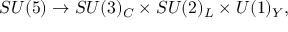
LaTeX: S U ( 5 ) \rightarrow S U ( 3 ) _ { C } \times S U ( 2 ) _ { L } \times U ( 1 ) _ { Y } ,